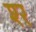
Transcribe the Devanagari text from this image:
श्‍र